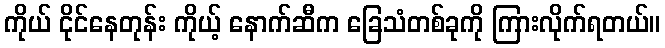
ကိုယ် ငိုင်နေတုန်း ကိုယ့် နောက်ဆီက ခြေသံတစ်ခုကို ကြားလိုက်ရတယ်။